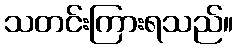
သတင်းကြားရသည်။